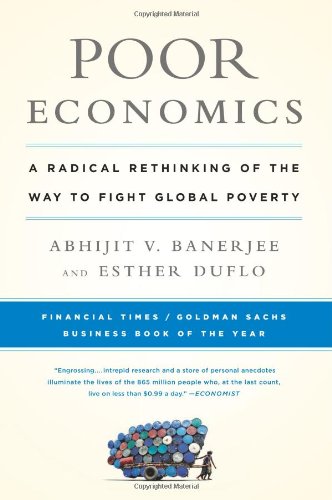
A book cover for Poor Economics: A Radical Rethinking of the Way to Fight Global Poverty; Abhijit Banerjee; Business & Money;